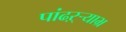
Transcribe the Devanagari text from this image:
पांढऱ्र्‍याभ्र